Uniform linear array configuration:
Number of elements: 24
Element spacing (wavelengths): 1
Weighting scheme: hann
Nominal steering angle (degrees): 30
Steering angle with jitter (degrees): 29.617
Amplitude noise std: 0.05
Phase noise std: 0.05

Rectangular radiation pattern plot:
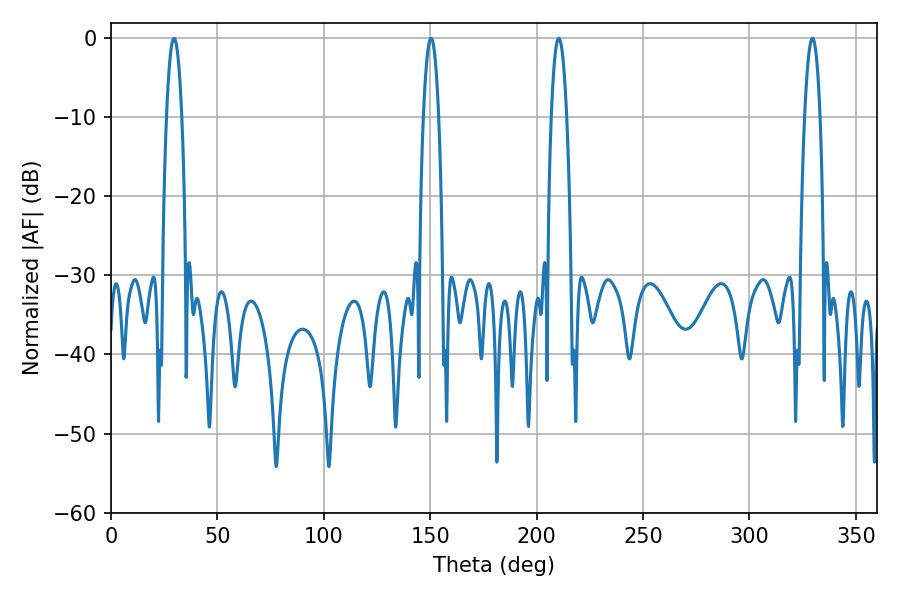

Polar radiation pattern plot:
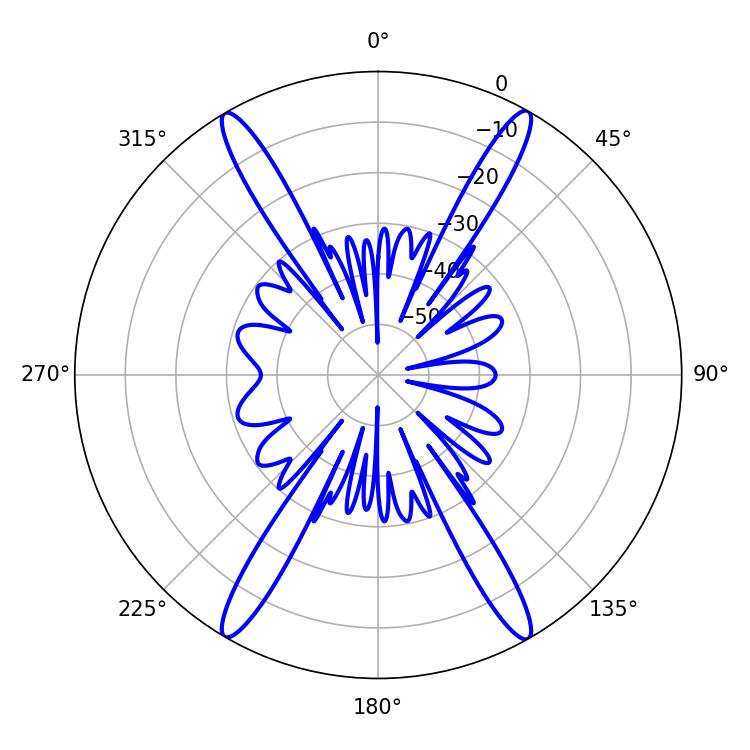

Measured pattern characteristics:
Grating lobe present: TRUE
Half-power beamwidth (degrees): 3.96
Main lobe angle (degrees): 210.42